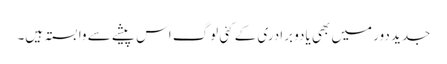
جدید دور میں بھی یادو برادری کے کئی لوگ اس پیشے سے وابستہ ہیں۔